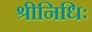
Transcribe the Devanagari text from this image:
श्रीनिधिः